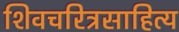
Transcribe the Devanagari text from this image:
शिवचरित्रसाहित्य